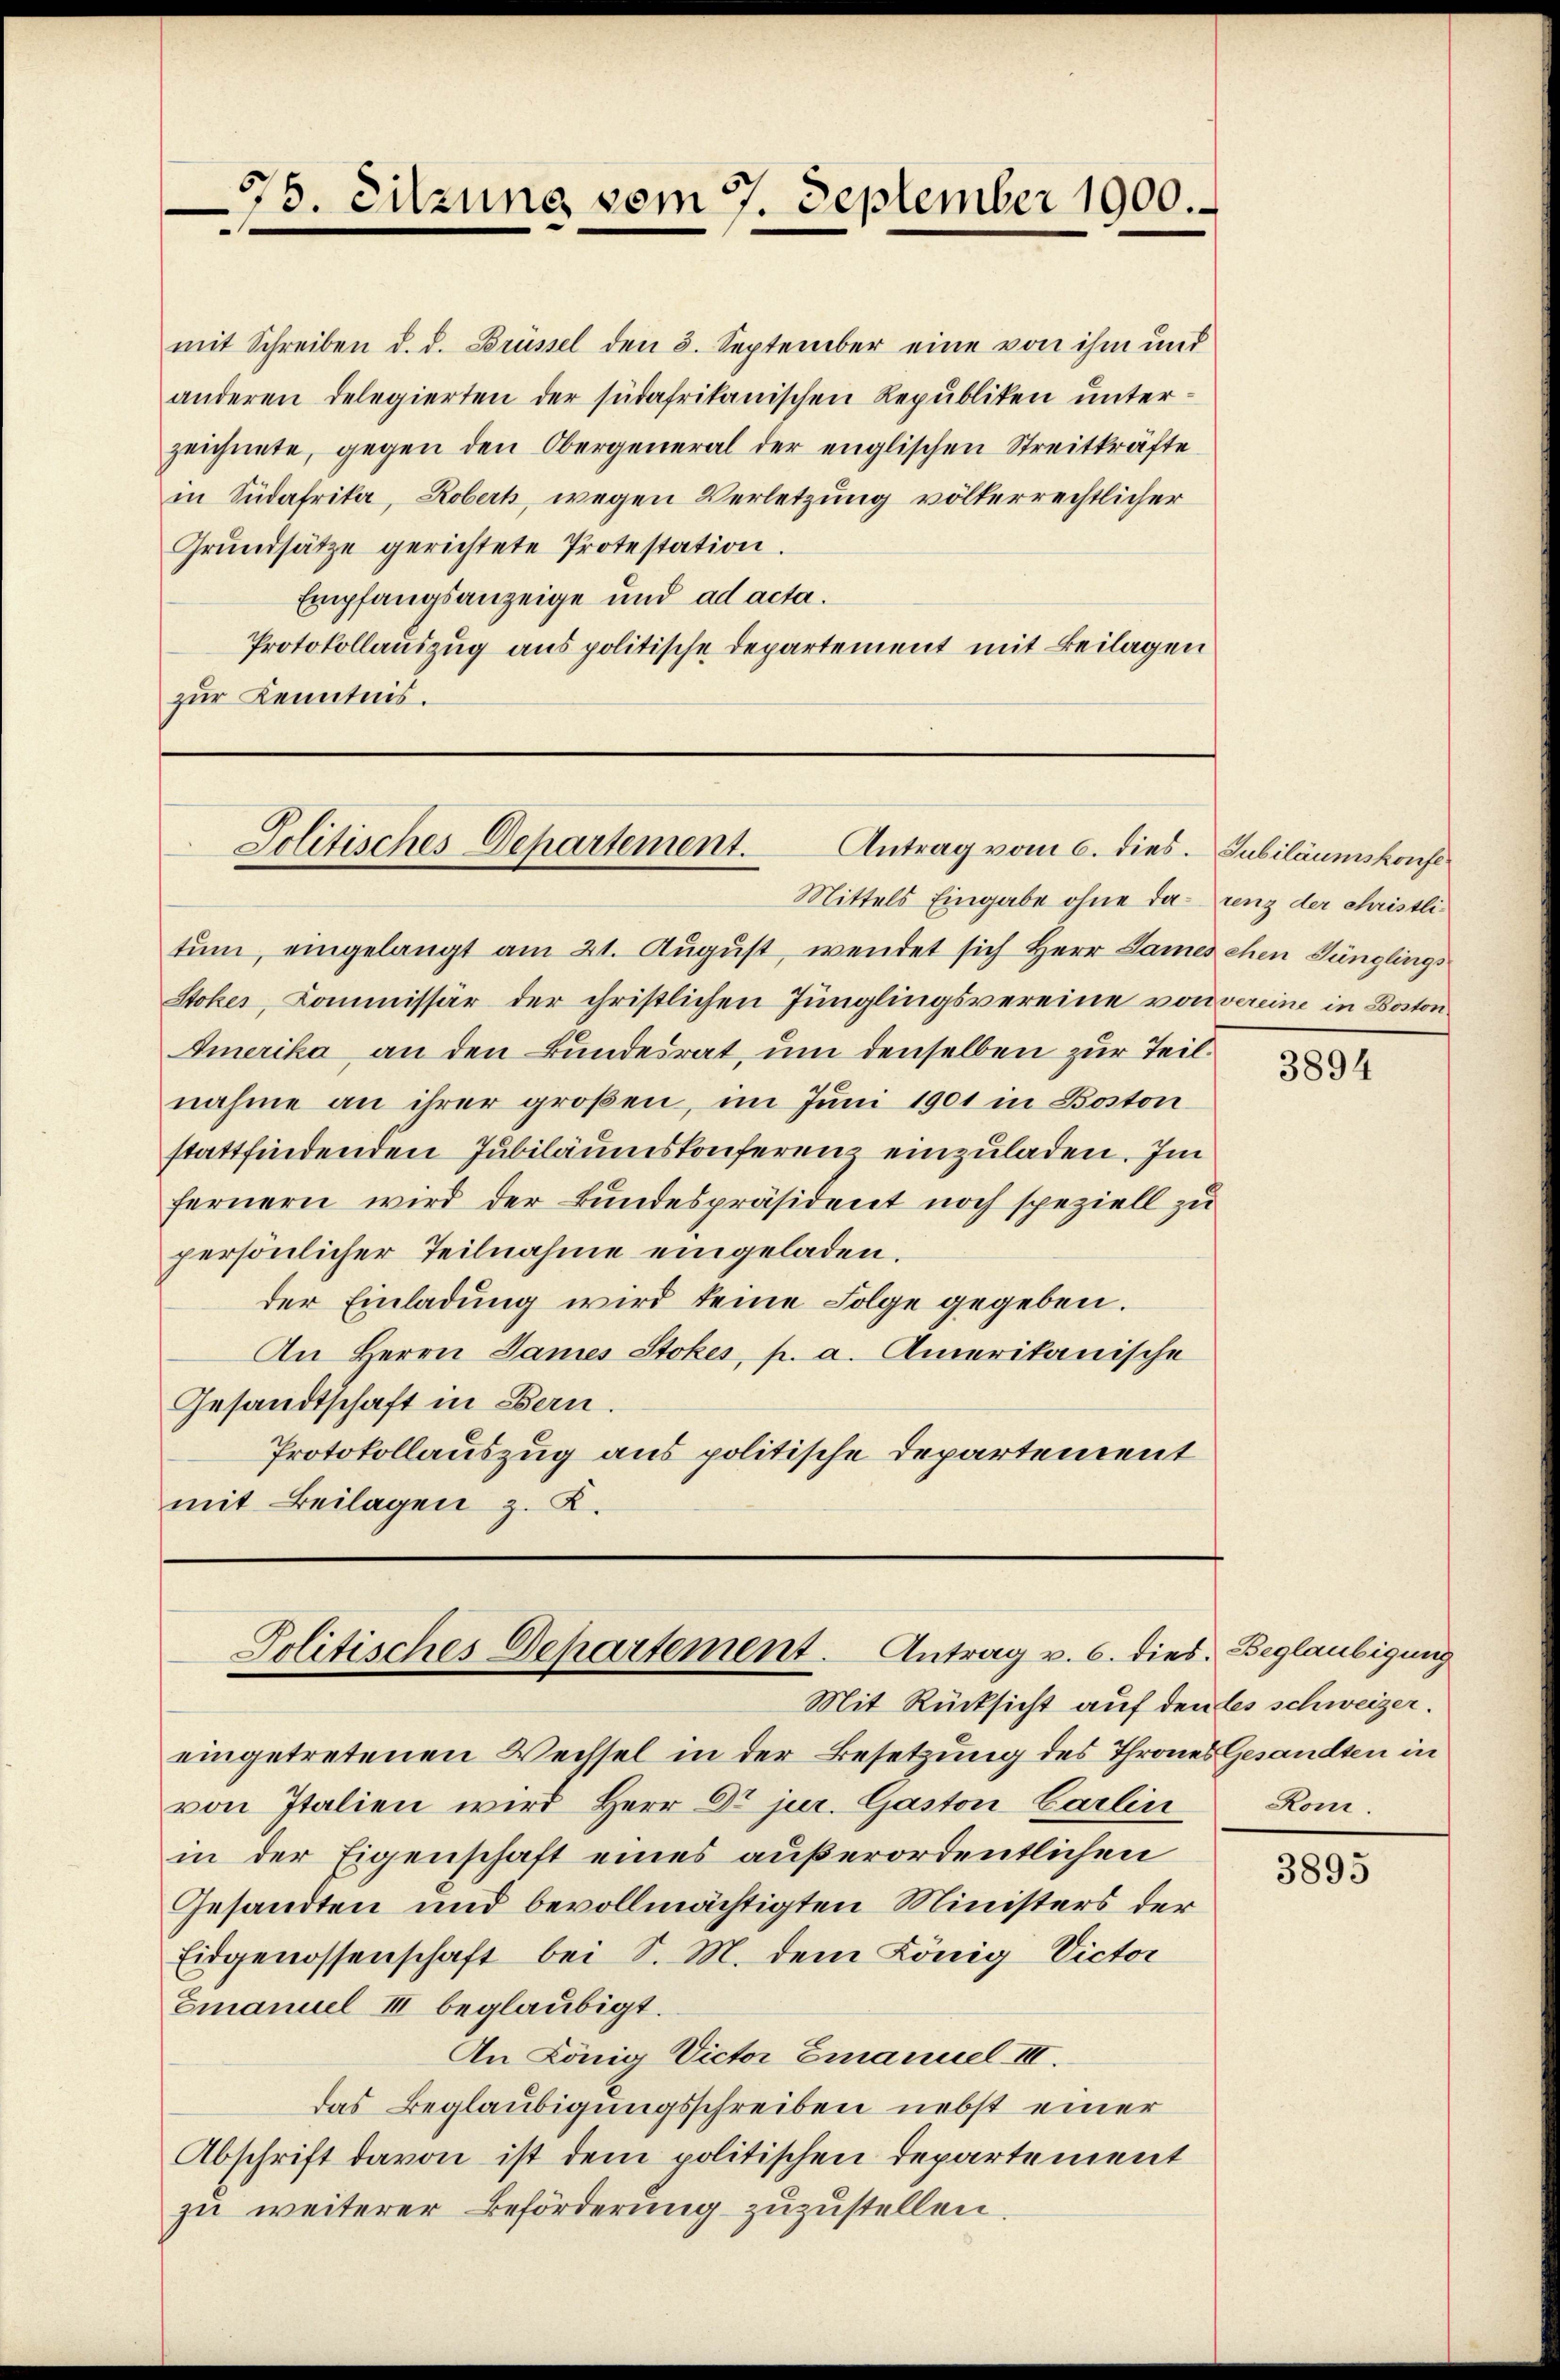
mit Schreiben d. d. Brüssel den 3. September eine von ihm und
anderen Delegierten der südafrikanischen Republiken unterzeichnete, gegen den Obergeneral der englischen Streitkräfte
in Südafrika, Robert, wegen Verletzung völkerrechtlicher
Grŭndsätze gerichtete Protestation.
Empfangsanzeige und ad acta.
Protokollauszug aus politische Departement mit Beilagen
zŭr Kenntnis.

75. Sitzung vom 7. September 1900.
.

Politisches Departement. Antrag vom 6. dies. Gubiläumskonft

tum, eingelangt am 21. August, wendet sich Herr Dames ehen Jünglings
Stokes, Kommissär der christlichen Jünglingsvereine von vereine in Baton¬
Amerika an den Bundesrat, um denselben zur Teilnahme an ihrer großen, im Juni 1901 in Boston
stattfindenden Jubiläumskonferenz einzuladen. Im
fernern wird der Bundespräsident noch speziell zu
persönlicher Teilnahme eingeladen.
der Einladung wird keine Folge gegeben.
An Herrn James Stokes, p. a. Amerikanische
Gesandtschaft in Bern.
Protokollauszug aus politische Departement
mit Beilagen z. K.

Politisches Departement. Antrag v. 6. dies. Beglaubigung

Mit Rücksicht auf den les schweizer.
eingetretenen Wechsel in der Besetzung des Thrones Gesandten in
von Italien wird Herr Dr. jur. Gaston Carlin
in der Eigenschaft eines außerordentlichen
Gesandten und bevollmächtigten Ministers der
Eidgenossenschaft bei S. M. dem König Victor
Emanuel III beglaubigt.
An König Victor Emanuel III.
das Beglaubigungsschreiben nebst einer
Abschrift davon ist dem politischen Departement
zu weiterer Beförderŭng zŭzŭstellen.

Mittels Eingabe ohne da renz der christli¬

3894

Rom.

3895